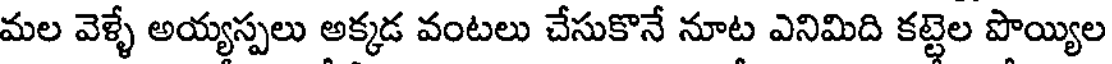
మల వెళ్ళే అయ్యస్పలు అక్కడ వంటలు చేసుకొనే నూట ఎనిమిది కట్టెల పొయ్యిల